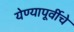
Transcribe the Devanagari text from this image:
येण्यापूर्वीचे